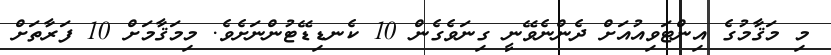
މި މަޤާމުގެ އިންޓަވިއުއަށް ދެންނެވޭނީ ގިނަވެގެން 10 ކެނޑިޑޭޓުންނަށެވެ. މިމަޤާމަށް 10 ފަރާތަށް